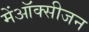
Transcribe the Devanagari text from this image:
मेंऑक्सीजन